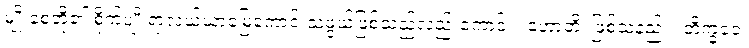
မျိုးစေ့တို့၏ စိုက်ပျိုးရာလယ်ယာမြေကောင်းသဖွယ်ဖြစ်သည်လည်းကောင်း။ ဟောတိ၊ ဖြစ်သနည်း။ ဘိက္ခဝေ၊